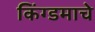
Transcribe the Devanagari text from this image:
किंग्डमाचे